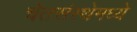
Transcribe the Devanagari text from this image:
चेतसंस्थेमध्ये